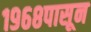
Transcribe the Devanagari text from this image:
१९६८पासून